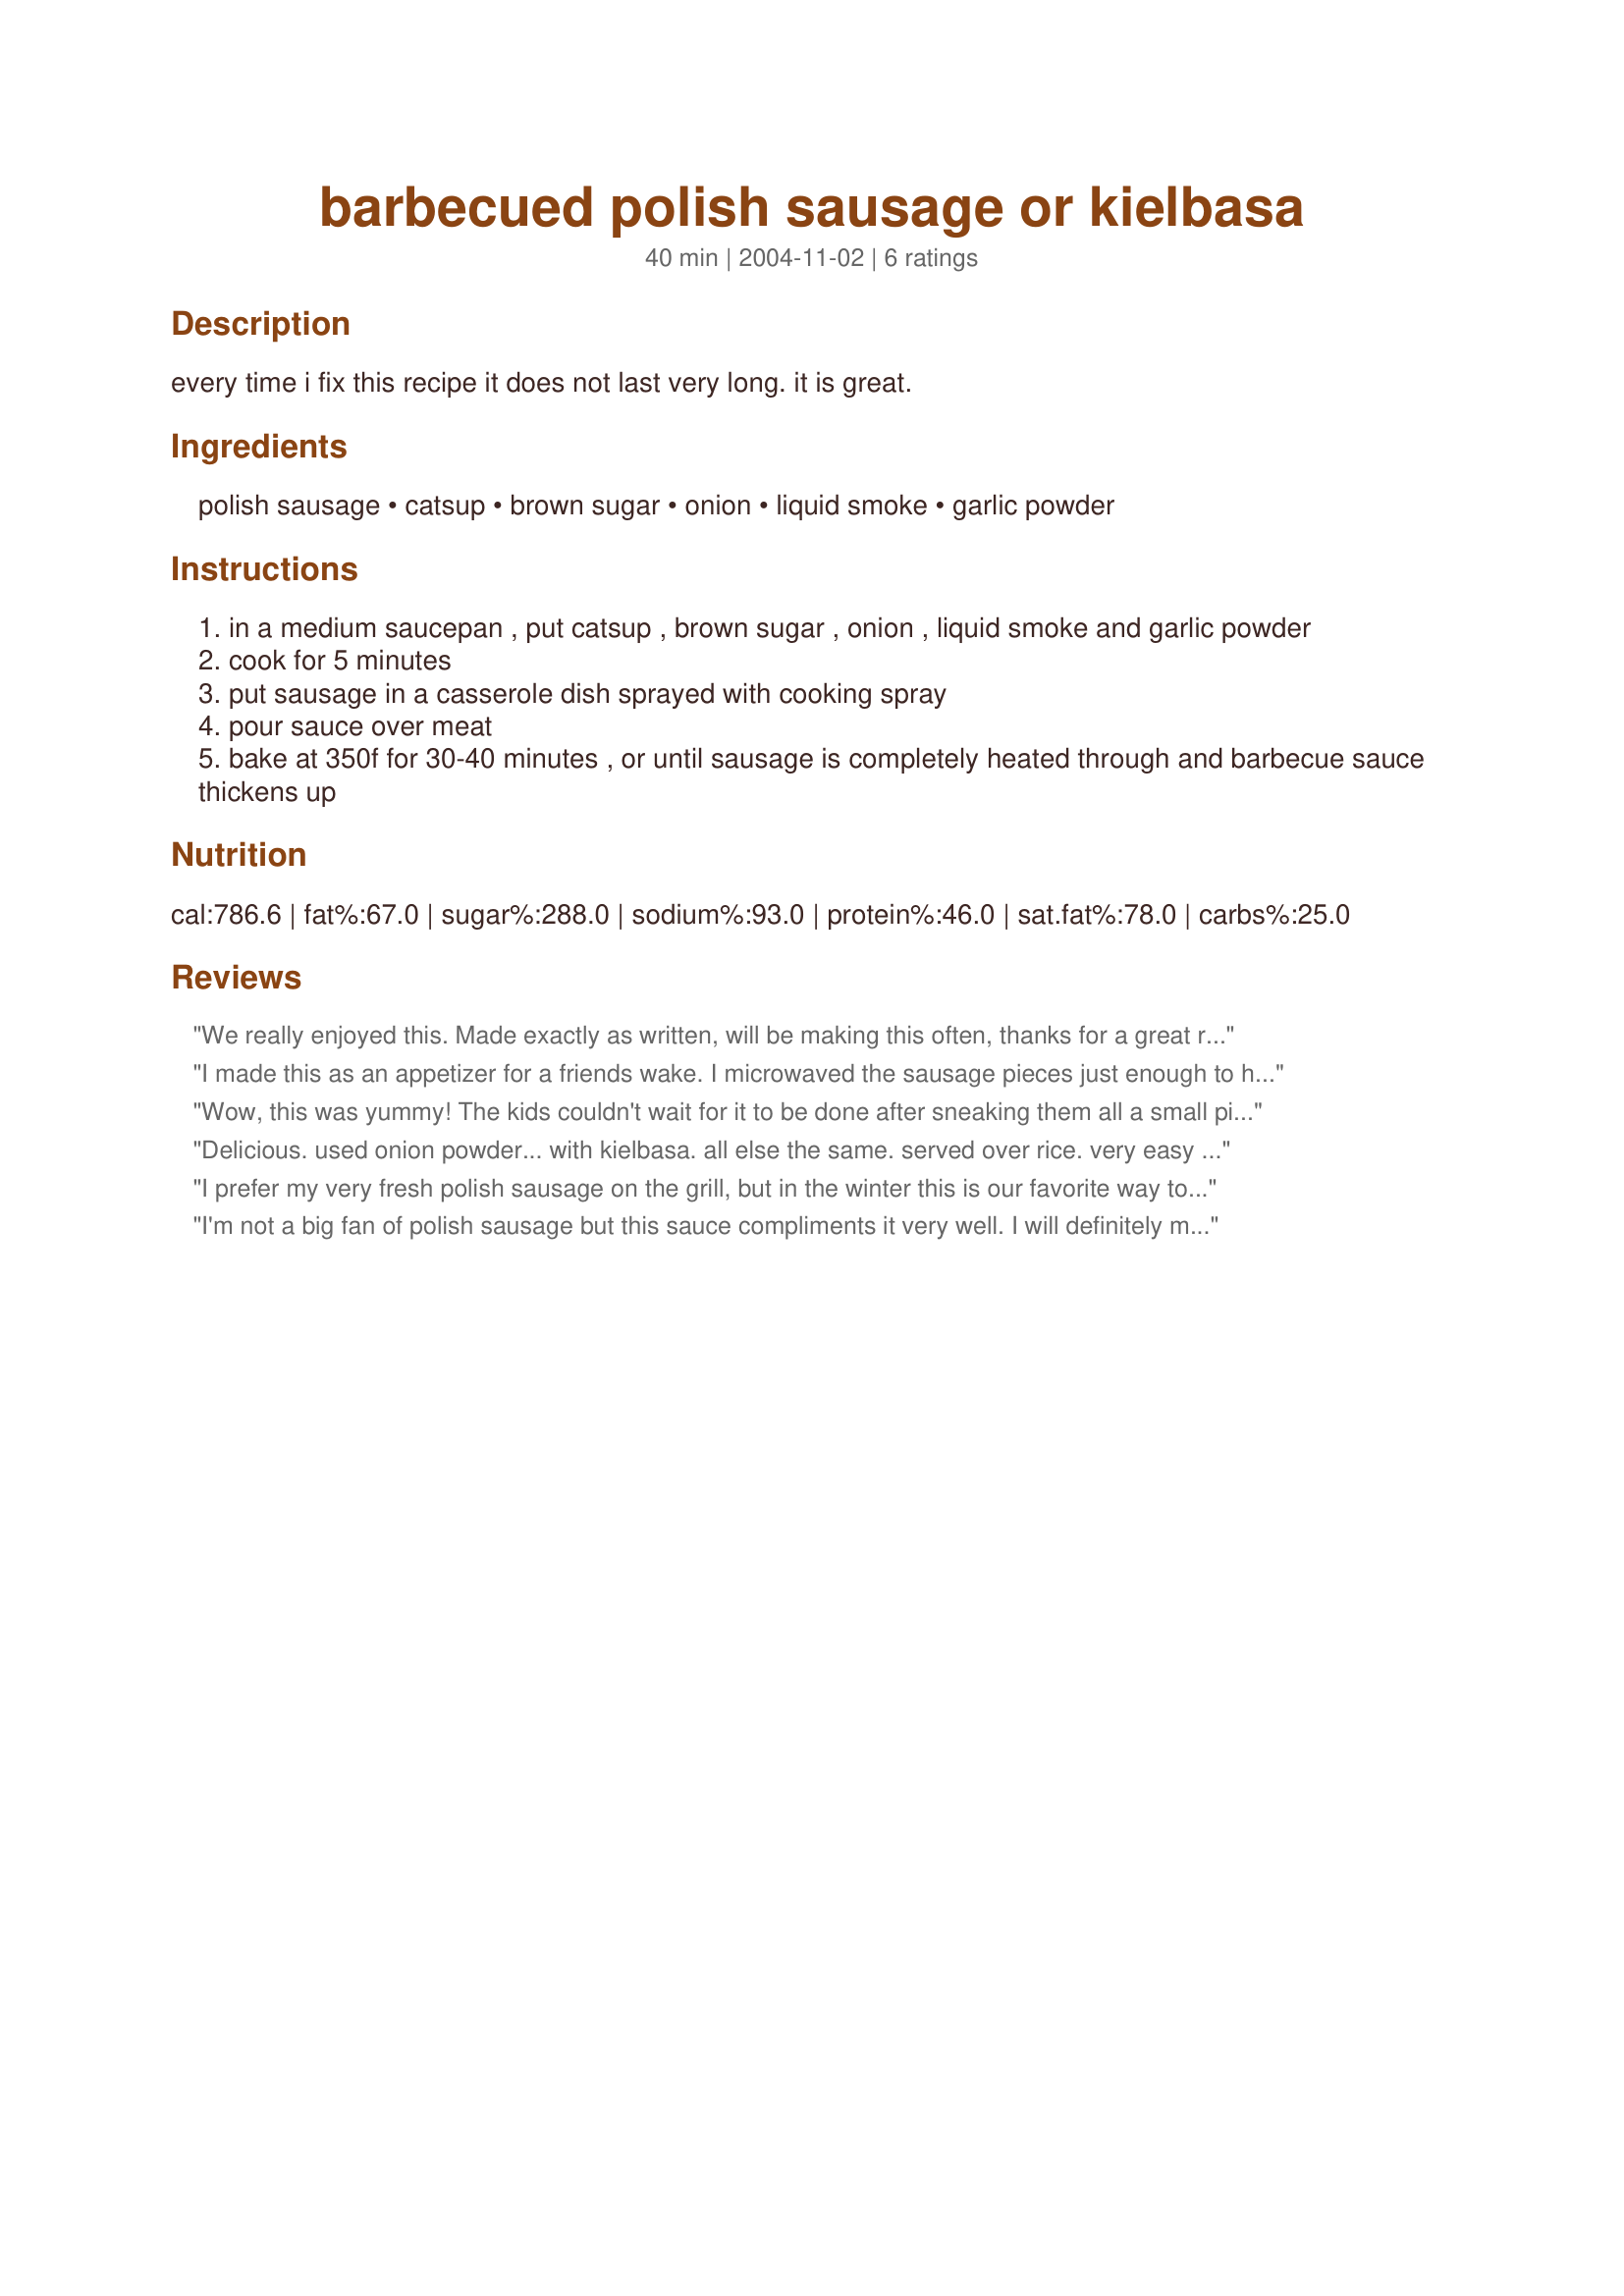
barbecued polish sausage or kielbasa
Preparation time: 40 minutes

every time i fix this recipe it does not last very long. it is great.

Ingredients:
polish sausage, catsup, brown sugar, onion, liquid smoke, garlic powder

Steps:
in a medium saucepan , put catsup , brown sugar , onion , liquid smoke and garlic powder
cook for 5 minutes
put sausage in a casserole dish sprayed with cooking spray
pour sauce over meat
bake at 350f for 30-40 minutes , or until sausage is completely heated through and barbecue sauce thickens up

Reviews:
We really enjoyed this. Made exactly as written, will be making this often, thanks for a great recipe!
I made this as an appetizer for a friends wake. I microwaved the sausage pieces just enough to heat them through and added them to the delicious sauce (I added a tbsp of dijon mustard for some zing) and kept it warm in a slow cooker. I served them with long toothpicks. What a hit! Thanks!
Wow, this was yummy! The kids couldn't wait for it to be done after sneaking them all a small piece while cooking. I think this sauce could go with so many things! Thanks!
Delicious. used onion powder... with kielbasa. all else the same. served over rice. very easy and everyone loved. will try this sauce on chicken to. thank you
I prefer my very fresh polish sausage on the grill, but in the winter this is our favorite way to enjoy the church ladies' bounty! I serve with crispy oven fried potato wedges (dipped in the sauce), baked beans and corn on the cob from the freezer - to remind us of summer in the middle of winter.
I'm not a big fan of polish sausage but this sauce compliments it very well. I will definitely make again. Good, easy recipe. It's good leftover too.
